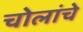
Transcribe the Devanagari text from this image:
चोलांचे